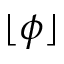
\lfloor \phi \rfloor